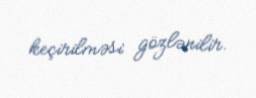
keçirilməsi gözlənilir.